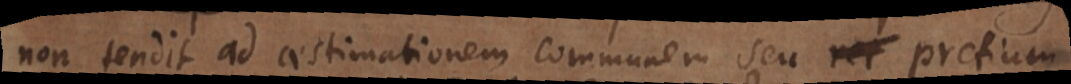
tendit ad aestimationem communem seu rei pretium